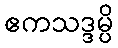
ဧကသဒ္ဒမ္ပိ